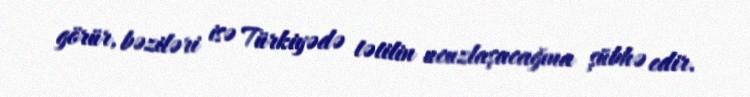
görür, bəziləri isə Türkiyədə tətilin ucuzlaşacağına şübhə edir.